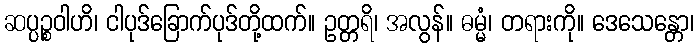
ဆပ္ပဉ္စဝါဟိ၊ ငါပုဒ်ခြောက်ပုဒ်တို့ထက်။ ဥတ္တရိ၊ အလွန်။ ဓမ္မံ၊ တရားကို။ ဒေသေန္တော၊